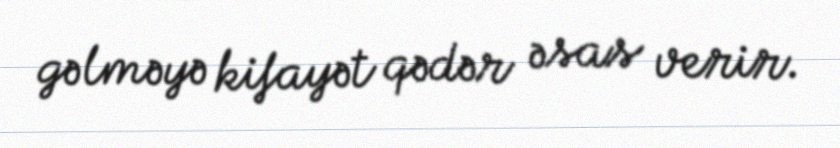
gəlməyə kifayət qədər əsas verir.